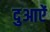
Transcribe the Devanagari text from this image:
दुआऐं